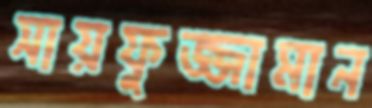
সায়ফুজ্জামান